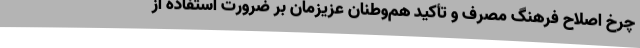
چرخ اصلاح فرهنگ مصرف و تأكيد هم­وطنان عزيزمان بر ضرورت استفاده از